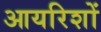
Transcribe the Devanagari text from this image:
आयरिशों